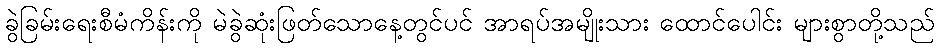
ခွဲခြမ်းရေးစီမံကိန်းကို မဲခွဲဆုံးဖြတ်သောနေ့တွင်ပင် အာရပ်အမျိုးသား ထောင်ပေါင်း များစွာတို့သည်